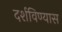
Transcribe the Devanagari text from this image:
दर्शविण्यास